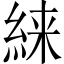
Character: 𱹴